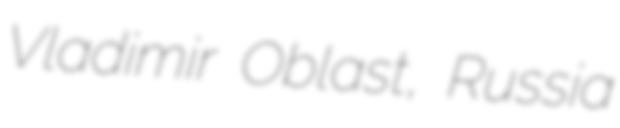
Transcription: Vladimir Oblast, Russia